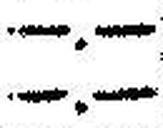
—.—